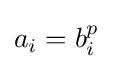
a_{i}=b_{i}^{p}